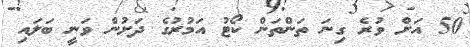
50 އަށް ވުރެ ގިނަ ތަންތަން ކޯޓު އަމުރުގެ ދަށުން ވަނީ ބަލައި